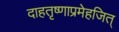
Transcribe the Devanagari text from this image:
दाहतृष्णाप्रमेहजित्‌